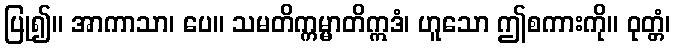
ပြု၍။ အာကာသာ၊ ပေ။ သမတိက္ကမ္မာတိဣဒံ၊ ဟူသော ဤစကားကို။ ဝုတ္တံ၊